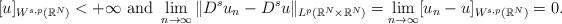
LaTeX: \begin{align*}[u]_{W^{s,p}(\mathbb{R}^N)}<+\infty \mbox{ and } \lim_{n\to\infty} \|D^s u_n-D^s u\|_{L^p(\mathbb{R}^N\times\mathbb{R}^N)}=\lim_{n\to\infty} [u_n-u]_{W^{s,p}(\mathbb{R}^N)}=0.\end{align*}